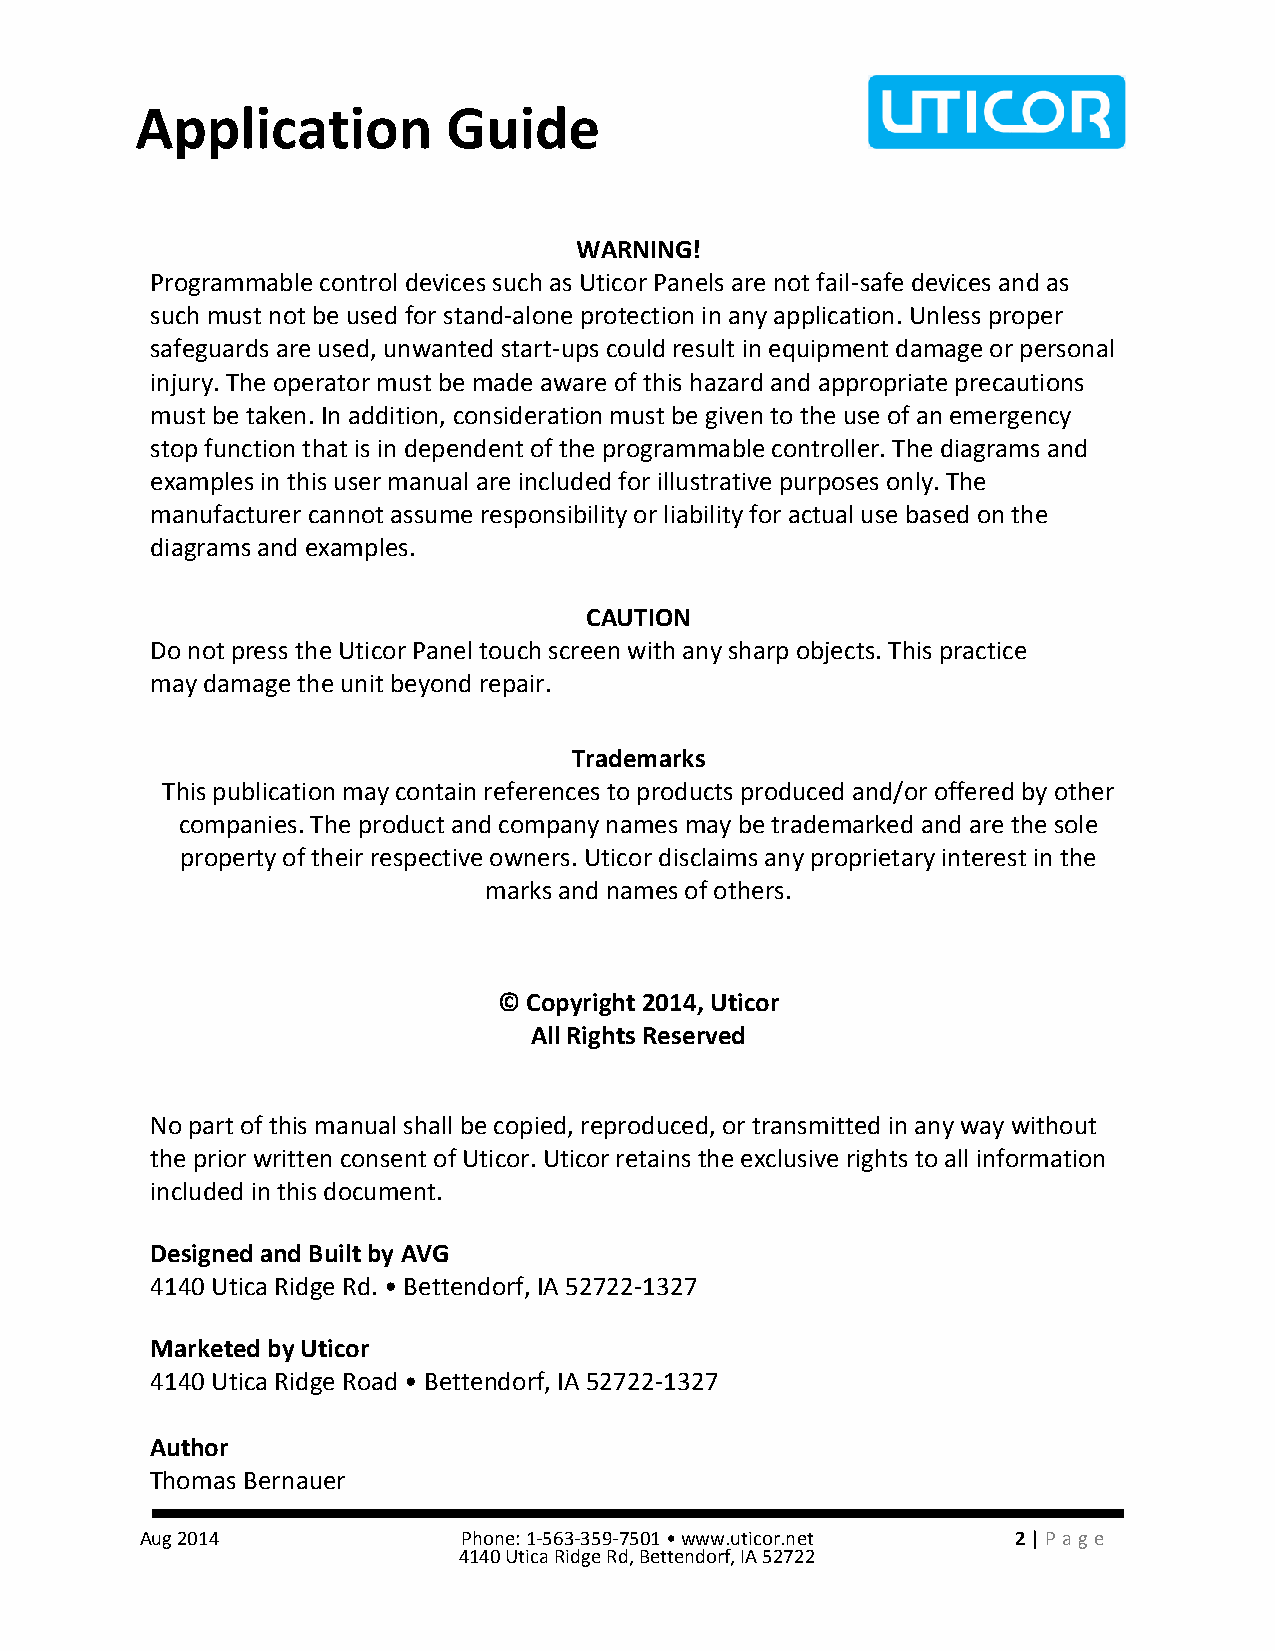
Application          Guide
 WARNING!
 Programmable control devices such as Uticor Panels are not fail-safe devices and as
 such must not be used for stand-alone protection in any application. Unless proper
 safeguards are used, unwanted start-ups could result in equipment damage or personal
 injury. The operator must be made aware of this hazard and appropriate precautions
 must be taken. In addition, consideration must be given to the use of an emergency
 stop function that is in dependent of the programmable controller. The diagrams and
 examples in this user manual are included for illustrative purposes only. The
 manufacturer cannot assume responsibility or liability for actual use based on the
 diagrams and examples.
 CAUTION
 Do not press the Uticor Panel touch screen with any sharp objects. This practice
 may damage the unit beyond repair.
 Trademarks
 This publication may contain references to products produced and/or offered by other
 companies. The product and company names may be trademarked and are the sole
 property of their respective owners. Uticor disclaims any proprietary interest in the
 marks and names of others.
 © Copyright 2014, Uticor
 All Rights Reserved
 No part of this manual shall be copied, reproduced, or transmitted in any way without
 the prior written consent of Uticor. Uticor retains the exclusive rights to all information
 included in this document.
 Designed and Built by AVG
 4140 Utica Ridge Rd. • Bettendorf, IA 52722-1327
 Marketed by Uticor
 4140 Utica Ridge Road • Bettendorf, IA 52722-1327
 Author
 Thomas Bernauer
 Aug 2014              Phone: 1-563-359-7501 • www.uticor.net 2 | Pa ge
 4140 Utica Ridge Rd, Bettendorf, IA 52722